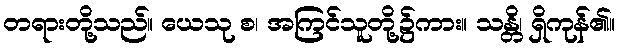
တရားတို့သည်။ ယေသု စ၊ အကြင်သူတို့၌ကား။ သန္တိ၊ ရှိကုန်၏။